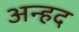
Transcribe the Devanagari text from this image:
अन्‍हद